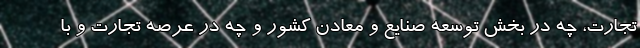
تجارت، چه در بخش توسعه صنايع و معادن كشور و چه در عرصه تجارت و با